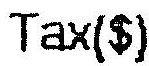
TAX($)